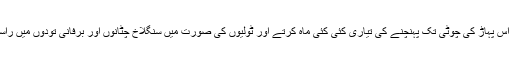
جفاکش کوہ پیما اس پہاڑ کی چوٹی تک پہنچنے کی تیاری کئی کئی ماہ کرتے اور ٹولیوں کی صورت میں سنگلاخ چٹانوں اور برفانی تودوں میں راستہ تلاش کرتے۔